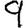
Digit: 9